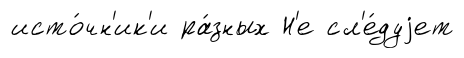
исто́чн'ик'и ра́зных Н'е сл'е́дуjет